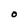
Character: O